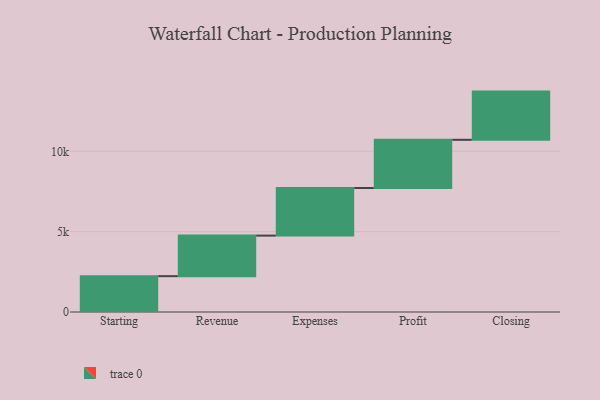
{"axis": {"x": "Step", "y": "Value"}, "legend": [""], "data": [{"x": "Starting", "y": 2230.0, "type": ""}, {"x": "Revenue", "y": 2524.0, "type": ""}, {"x": "Expenses", "y": 2961.0, "type": ""}, {"x": "Profit", "y": 3000, "type": ""}, {"x": "Closing", "y": 3000, "type": ""}]}